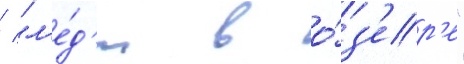
/ "л'е́д'и в о́з'ер'е"